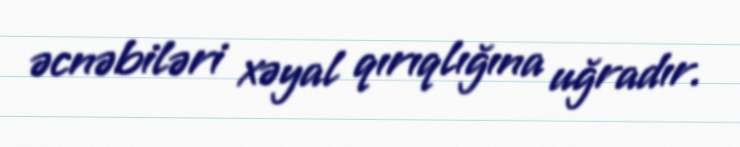
əcnəbiləri xəyal qırıqlığına uğradır.